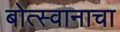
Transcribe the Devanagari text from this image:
बोत्स्वानाचा